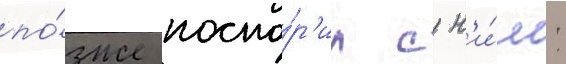
по́зже поспо́р'ил с н'и́м: